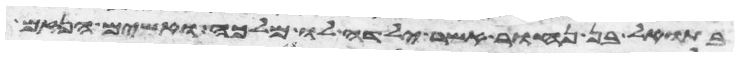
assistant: בתואל בן נחור אשר ילדה לו מלכה ואשים הנזם